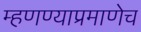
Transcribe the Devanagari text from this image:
म्हणण्याप्रमाणेच